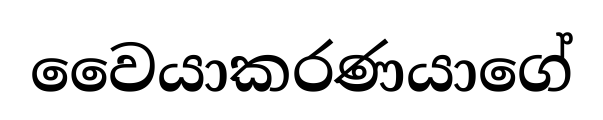
වෛයාකරණයාගේ